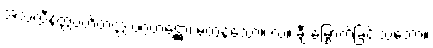
အသလ္လီနတ္တပဟိတတ္တ ပဂ္ဂဟဋ္ဌော၊ မတွန့်သော။ လ။ ချီးမြှောက်ခြင်းသဘော။